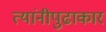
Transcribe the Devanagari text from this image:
त्यांनीपुढाकार